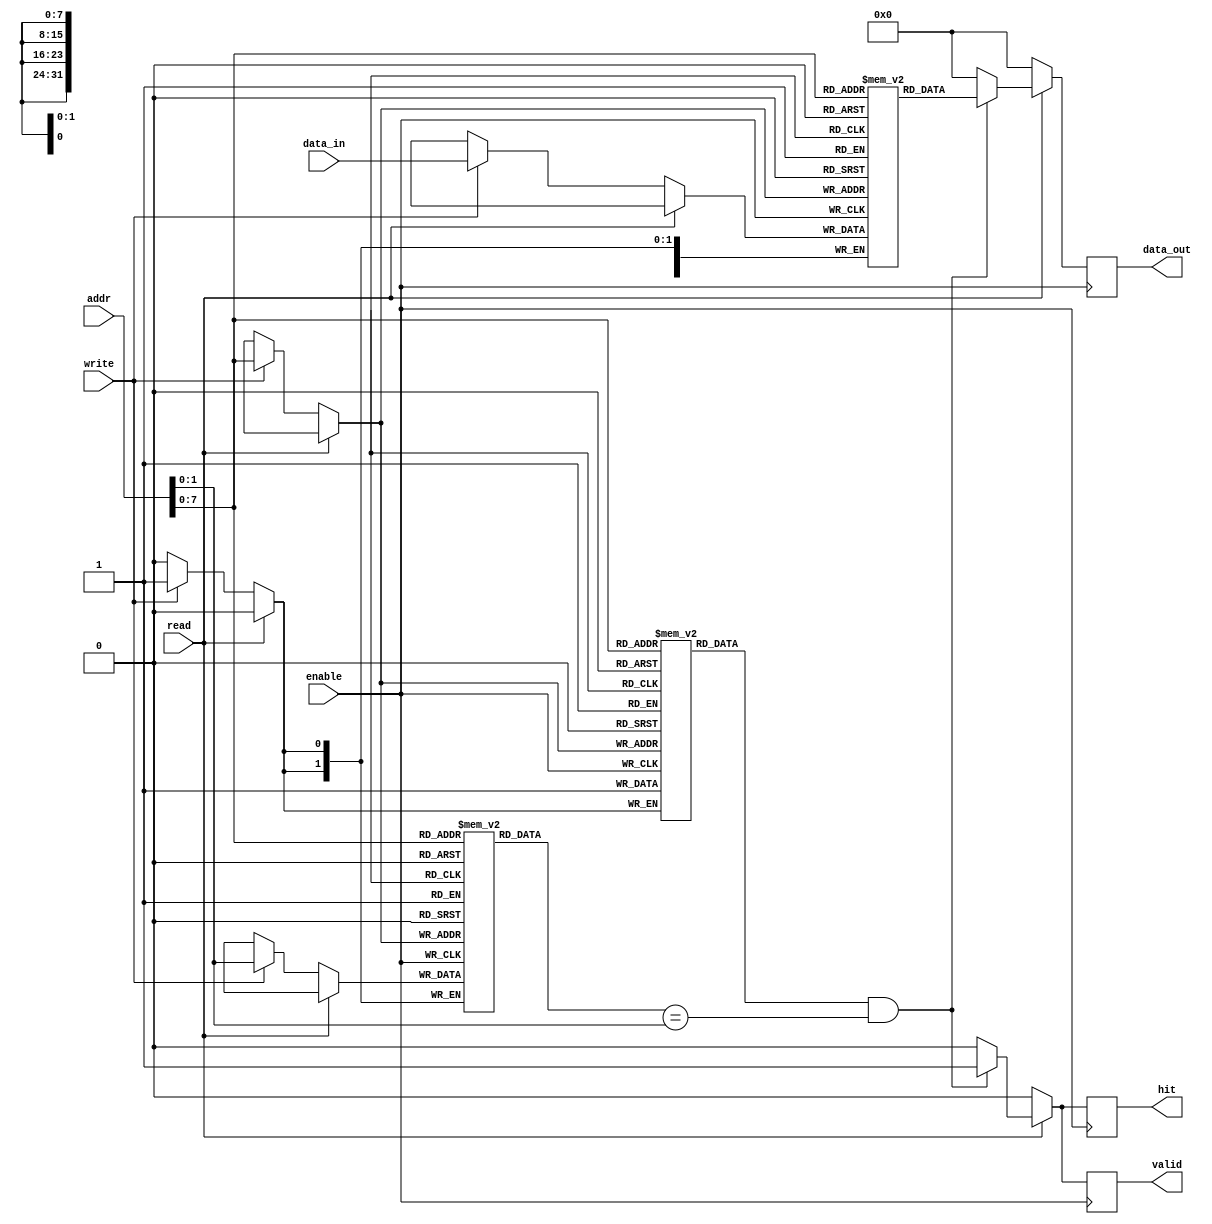
module direct_mapped_cache #(
    parameter N = 32,  // Total address width
    parameter M = 32,  // Data width
    parameter C = 256  // Number of cache lines
)(
    input wire [N-1:0] addr,       // Address input
    input wire [M-1:0] data_in,    // Data input
    input wire read,                // Read control signal
    input wire write,               // Write control signal
    input wire enable,              // Enable control signal
    output reg [M-1:0] data_out,    // Data output
    output reg hit,                 // Hit signal
    output reg valid                // Valid signal
);

    // Cache line structure
    reg [N-M-1:0] tag [0:C-1];      // Tag array
    reg [M-1:0] cache_data [0:C-1]; // Data array
    reg valid_bit [0:C-1];          // Valid bits array

    // Calculate index and tag from address
    wire [N-M-1:0] addr_tag = addr[N-1:N-M]; // Extract tag from address
    wire [log2(C)-1:0] index = addr[log2(C)-1:0]; // Extract index from address
    wire [log2(M/8)-1:0] block_offset = addr[log2(M/8)-1:0]; // Extract block offset

    // Function to calculate log2
    function integer log2;
        input integer value;
        begin
            log2 = 0;
            while (2**log2 < value) begin
                log2 = log2 + 1;
            end
        end
    endfunction

    always @(posedge enable) begin
        // Initialize outputs
        hit = 0;
        valid = 0;
        data_out = 0;

        if (read) begin
            // Read operation
            if (valid_bit[index] && (tag[index] == addr_tag)) begin
                // Cache hit
                data_out = cache_data[index];
                hit = 1;
                valid = 1;
            end else begin
                // Cache miss
                hit = 0;
                valid = 0;
            end
        end else if (write) begin
            // Write operation
            cache_data[index] = data_in; // Update data in the cache line
            tag[index] = addr_tag;        // Update tag
            valid_bit[index] = 1;         // Set valid bit
        end
    end

endmodule